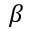
\beta